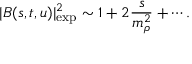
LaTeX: | B ( s , t , u ) | _ { \mathrm { e x p } } ^ { 2 } \sim 1 + 2 { \frac { s } { m _ { \rho } ^ { 2 } } } + \cdots .